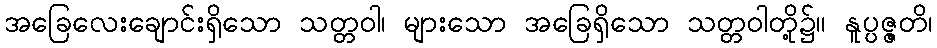
အခြေလေးချောင်းရှိသော သတ္တဝါ၊ များသော အခြေရှိသော သတ္တဝါတို့၌။ နူပ္ပဇ္ဇတိ၊